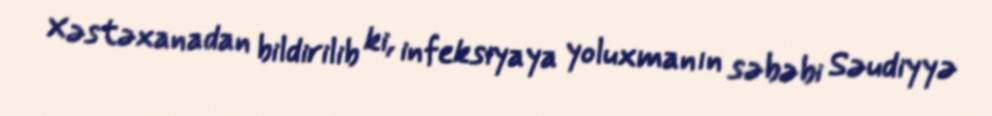
Xəstəxanadan bildirilib ki, infeksiyaya yoluxmanın səbəbi Səudiyyə